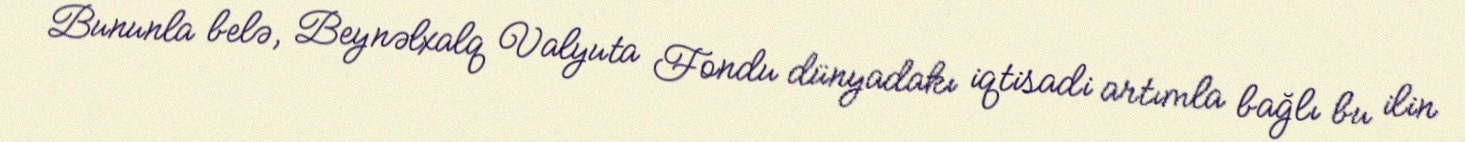
Bununla belə, Beynəlxalq Valyuta Fondu dünyadakı iqtisadi artımla bağlı bu ilin